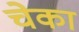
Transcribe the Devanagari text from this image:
चेका